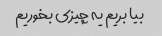
بیا بریم یه چیزی بخوریم